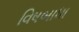
વિષબાધા